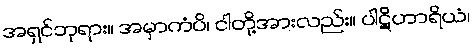
အရှင်ဘုရား။ အမှာကံပိ၊ ငါတို့အားလည်း။ ပါဋိဟာရိယံ၊